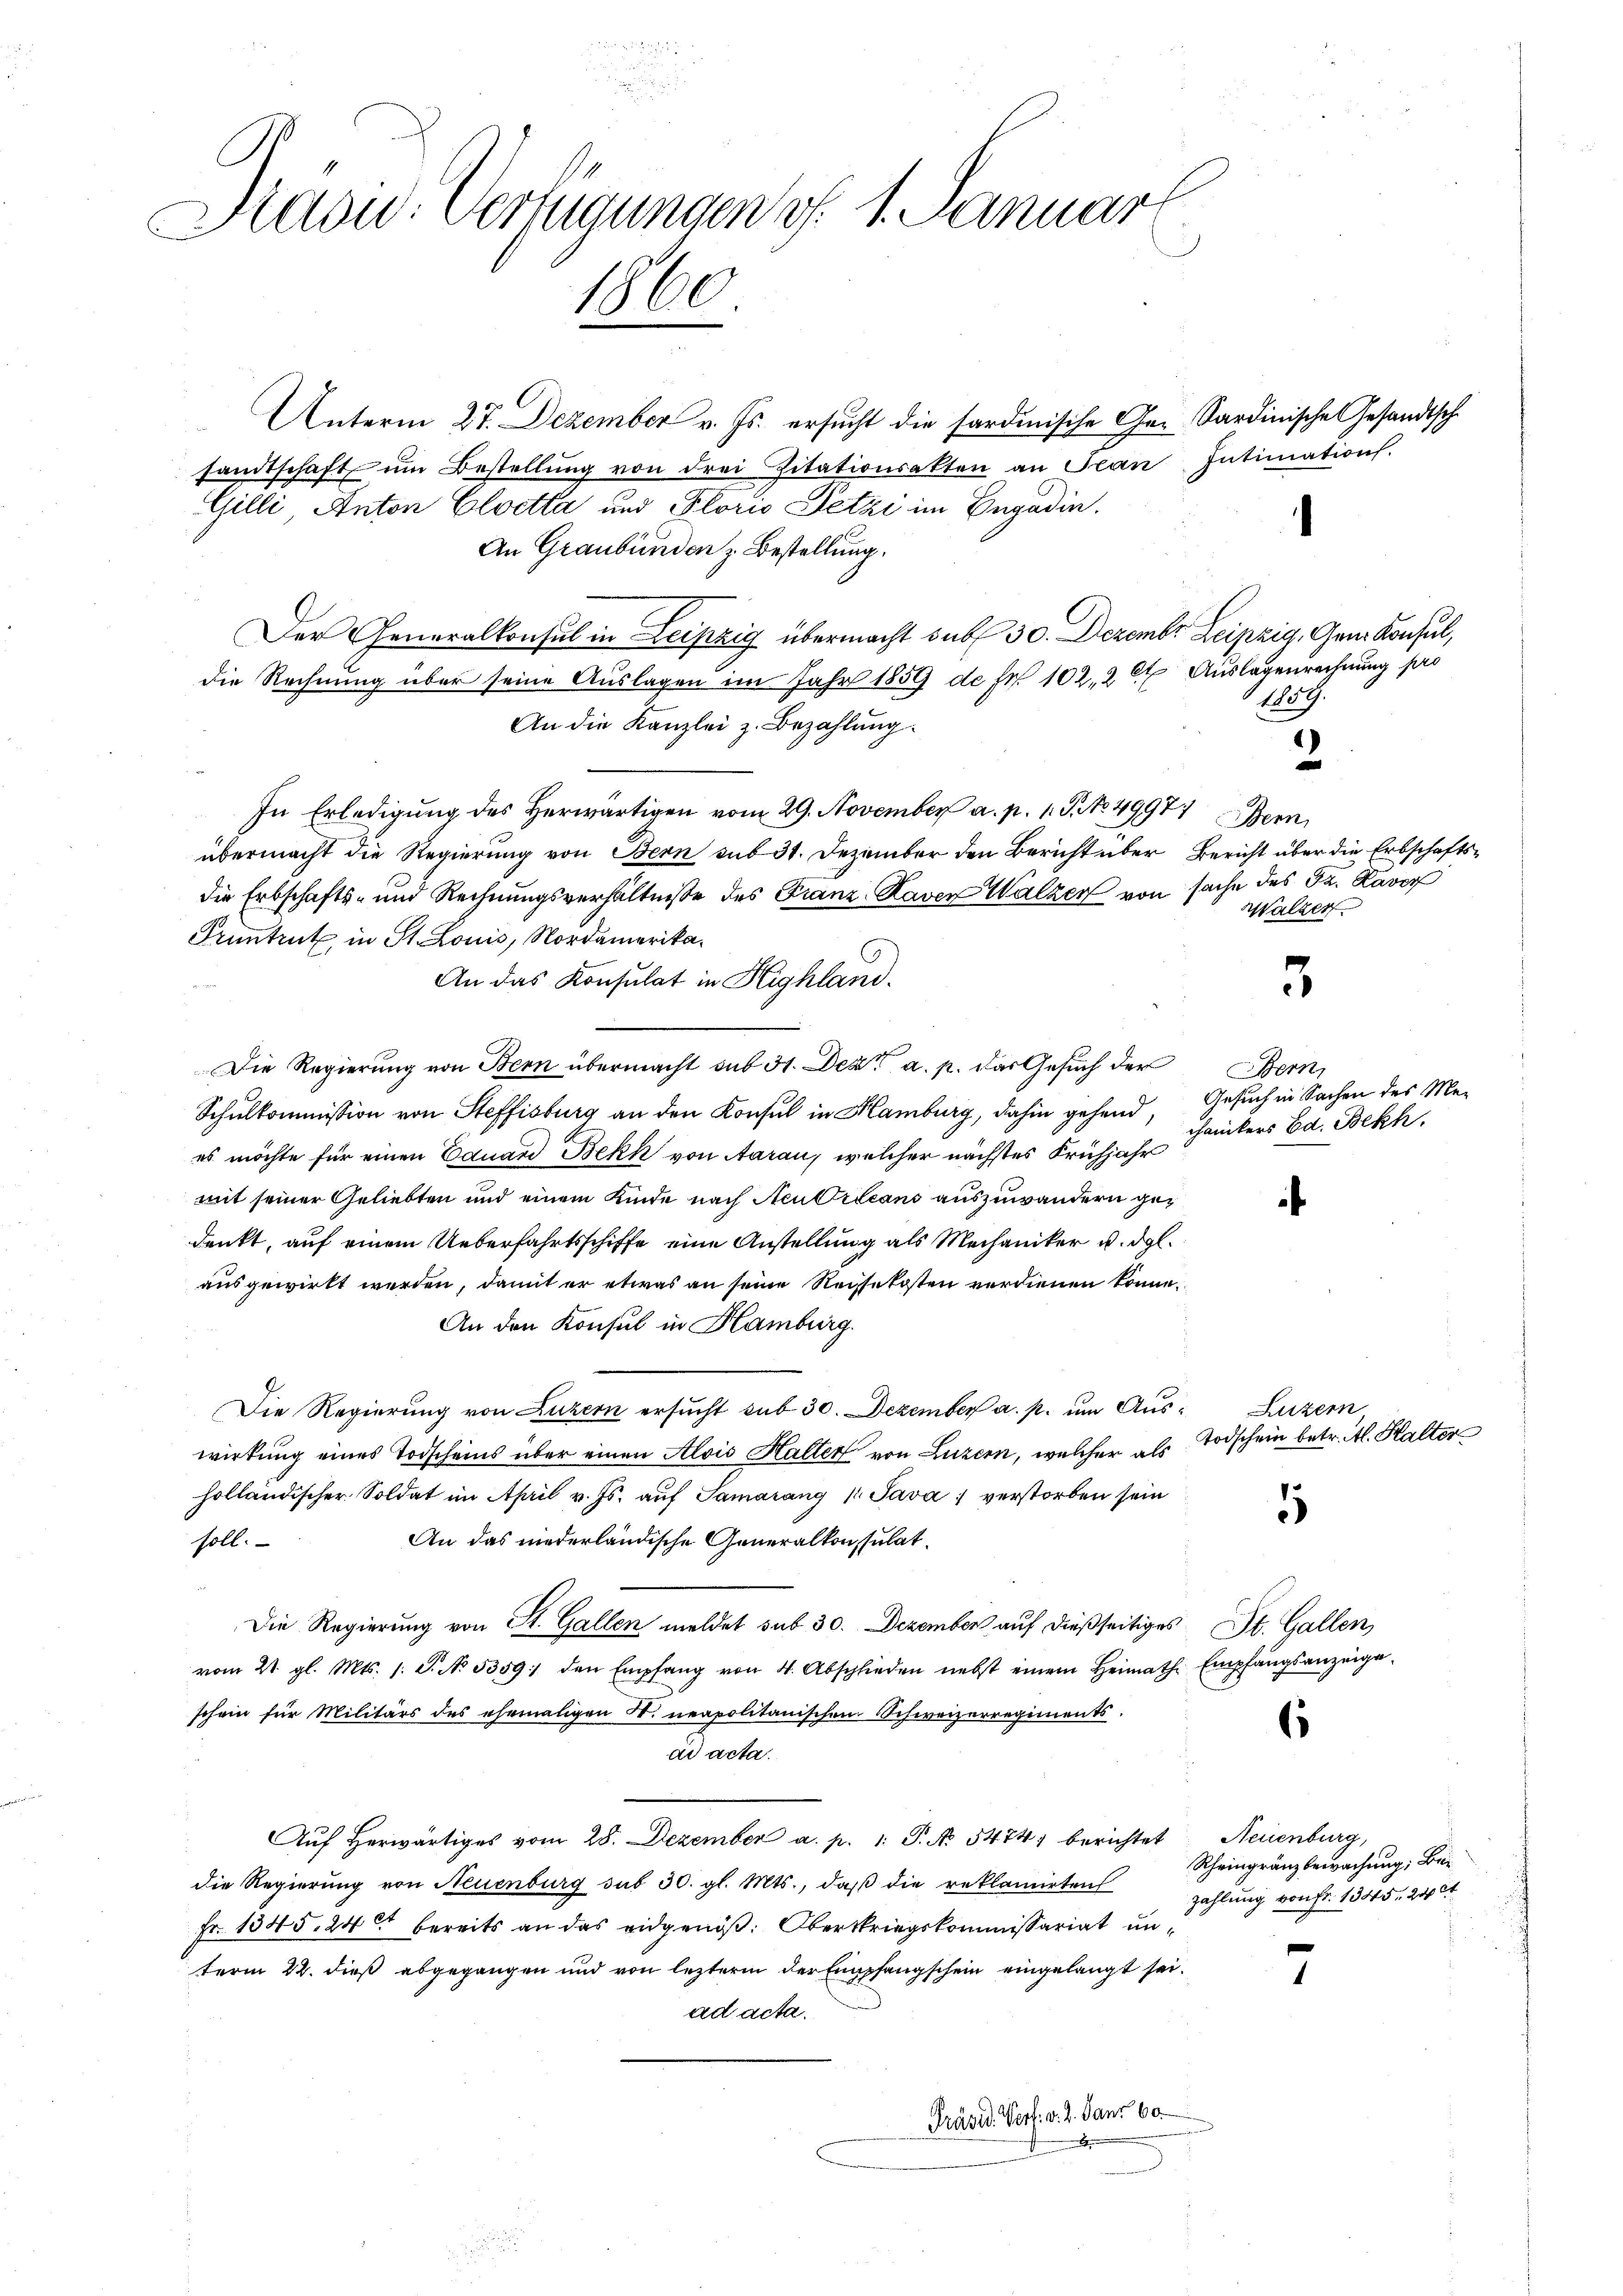
Dravić-Verfügungen d. 1. Januar
1860

Unterm 27. Dezember v. Js. ersucht die sardinische Ge- Sardinische Gesandtsch
sandtschaft ŭm Bestellŭng von drei Zitationsakten an Jean Intimation.
Gilli, Anton Cloetta und Plorio Setzi im Engadin.
An Graubünden z. Bestellung.
Der Generalkonsul in Leipzig übermacht sub 30. Dezember Leipzig, Gen. Konsul,
die Rechnung über seine Auslagen im Jahr 1859 de pr. 102, 2 t Auslagenrechnung pro
An die Kanzlei z. Bezahlung.
In Erledigung des herwärtigen vom 29. November a. p. 1. P. No. 4997) Bern
übermacht die Regierung von Bern sub 31. Dezember den Bericht über Bericht über die Erbschaftsdie Erbschafts- und Rechnungsverhältniße des Franz-Raven Walzer von sache des Fr. Ravor
Pruntrut in St. Louis, Nordamerika¬
An das Konsulat in Highland.
Die Regierung von Bern übermacht sub 31. Dez. a. p. das Gesuch der
Schulkommission von Steffisburg an den Konsul in Hamburg, dahin gehend, Gesuch in Sachen des Mees möchte für einen Eduard Bekk von Aarau, welcher nächstes Frühjahr
mit seiner Geliebten und einem Kinde nach Neubileans auszuwandern ge¬
¬
denkt, auf einem Ueberfahrtsschiffe eine Anstellung als Mechaniker u. dgl.
ausgewirkt werden, damit er etwas an seine Reisekosten verdienen könne.
An den Konsul in Hamburg.
Die Regierung von Luzern ersŭcht sub 30. Dezember a. p. um Aus Luzern
wirkung eines Todscheins über einen Alois Halter von Luzern, welcher als Todschein betr. Al. Kalter
holländischer Soldat im April v. Js. aŭf Samarang 1 Java verstorben sein
5
An das niederländische Generalkonsulat
soll.
Die Regierung von St. Gallen meldet sub 30. Dezember auf dießseitiges St. Gallen,
vom 21. gl. Mts. 1. S. No. 5359 den Empfang von 4. Abschlieden nebst einem Heimath Empfangsanzeige
schein für Militärs des ehemaligen St. neapolitanischen Schweizerregiments.
s
ad acta.
Neuenburg,
Aŭf herwärtiges vom 28. Dezember a. p. 1. P. N. 5474) berichtet
die Regierung von Neuenburg sub 30. gl. Mts., daß die reklamirten
Fr. 1345, 24 t bereits an das eidgenöß. Oberstriegskommissariat unterm 22. dieß abgegangen und von lezterm der Empfangschein eingelangt sei.
7
ad acta.
Präsid. Verf. v. 2. Janr 60.

1809.

Walzen

5

)
e

Bern,
chanikers Ed. Bekh.

Rheingränzbewachung, Bezahlung von Fr. 1345, 246